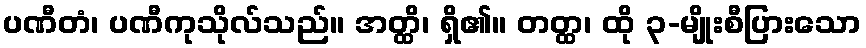
ပဏီတံ၊ ပဏီကုသိုလ်သည်။ အတ္ထိ၊ ရှိ၏။ တတ္ထ၊ ထို ၃-မျိုးစီပြားသော